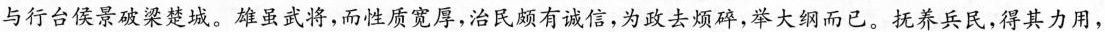
与行台侯景破梁楚城。雄虽武将，而性质宽厚，治民颇有诚信，为政去烦碎，举大纲而已。抚养兵民，得其力用，